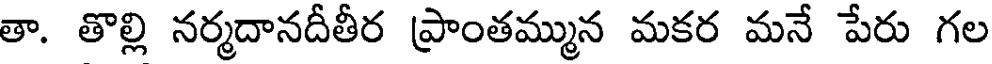
తా. తొల్లి నర్మదానదీతీర ప్రాంతమ్మున మకర మనే పేరు గల